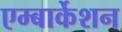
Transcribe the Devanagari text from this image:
एम्बार्केशन